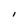
Character: I